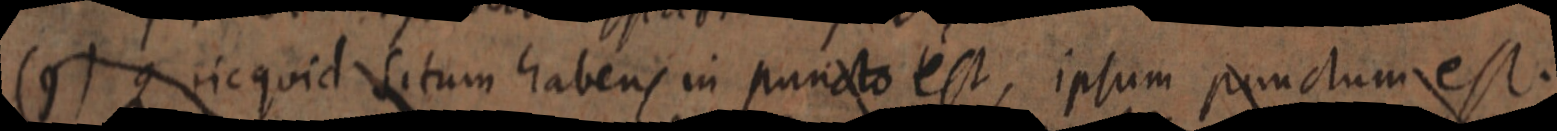
(9) Quicquid situm habens in puncto est, ipsum punctum est.